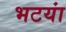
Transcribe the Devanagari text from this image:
भटयां